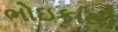
ભોઇકાથી